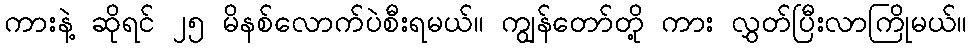
ကားနဲ့ ဆိုရင် ၂၅ မိနစ်လောက်ပဲစီးရမယ်။ ကျွန်တော်တို့ ကား လွှတ်ပြီးလာကြိုမယ်။